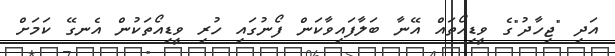
އަދި "ޖިހާދު"ގެ ވީޑިއޯތައް އޭނާ ބަލާފައިވާކަން ފޯނުގައި ހުރި ވީޑިއޯތަކުން އެނގޭ ކަމަށް